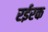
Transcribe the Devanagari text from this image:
रईरक